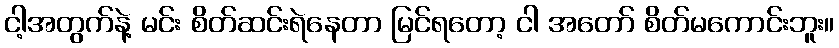
ငါ့အတွက်နဲ့ မင်း စိတ်ဆင်းရဲနေတာ မြင်ရတော့ ငါ အတော် စိတ်မကောင်းဘူး။